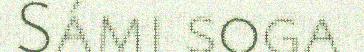
Sámi soga